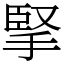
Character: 掔